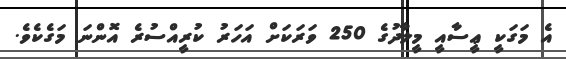
އެ މަގަކީ ޢީސާއީ މީލާދުގެ 250 ވަރަކަށް އަހަރު ކުރީއްސުރެ އޮންނަ މަގެކެވެ.